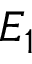
E _ { 1 }